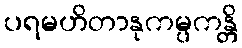
ပရမဟိတာနုကမ္ပကန္တိ